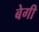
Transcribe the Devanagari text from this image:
बेगी